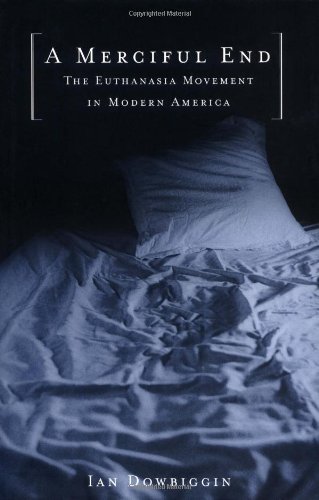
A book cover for A Merciful End: The Euthanasia Movement in Modern America; Ian Dowbiggin; Medical Books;